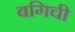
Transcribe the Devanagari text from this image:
बगिची